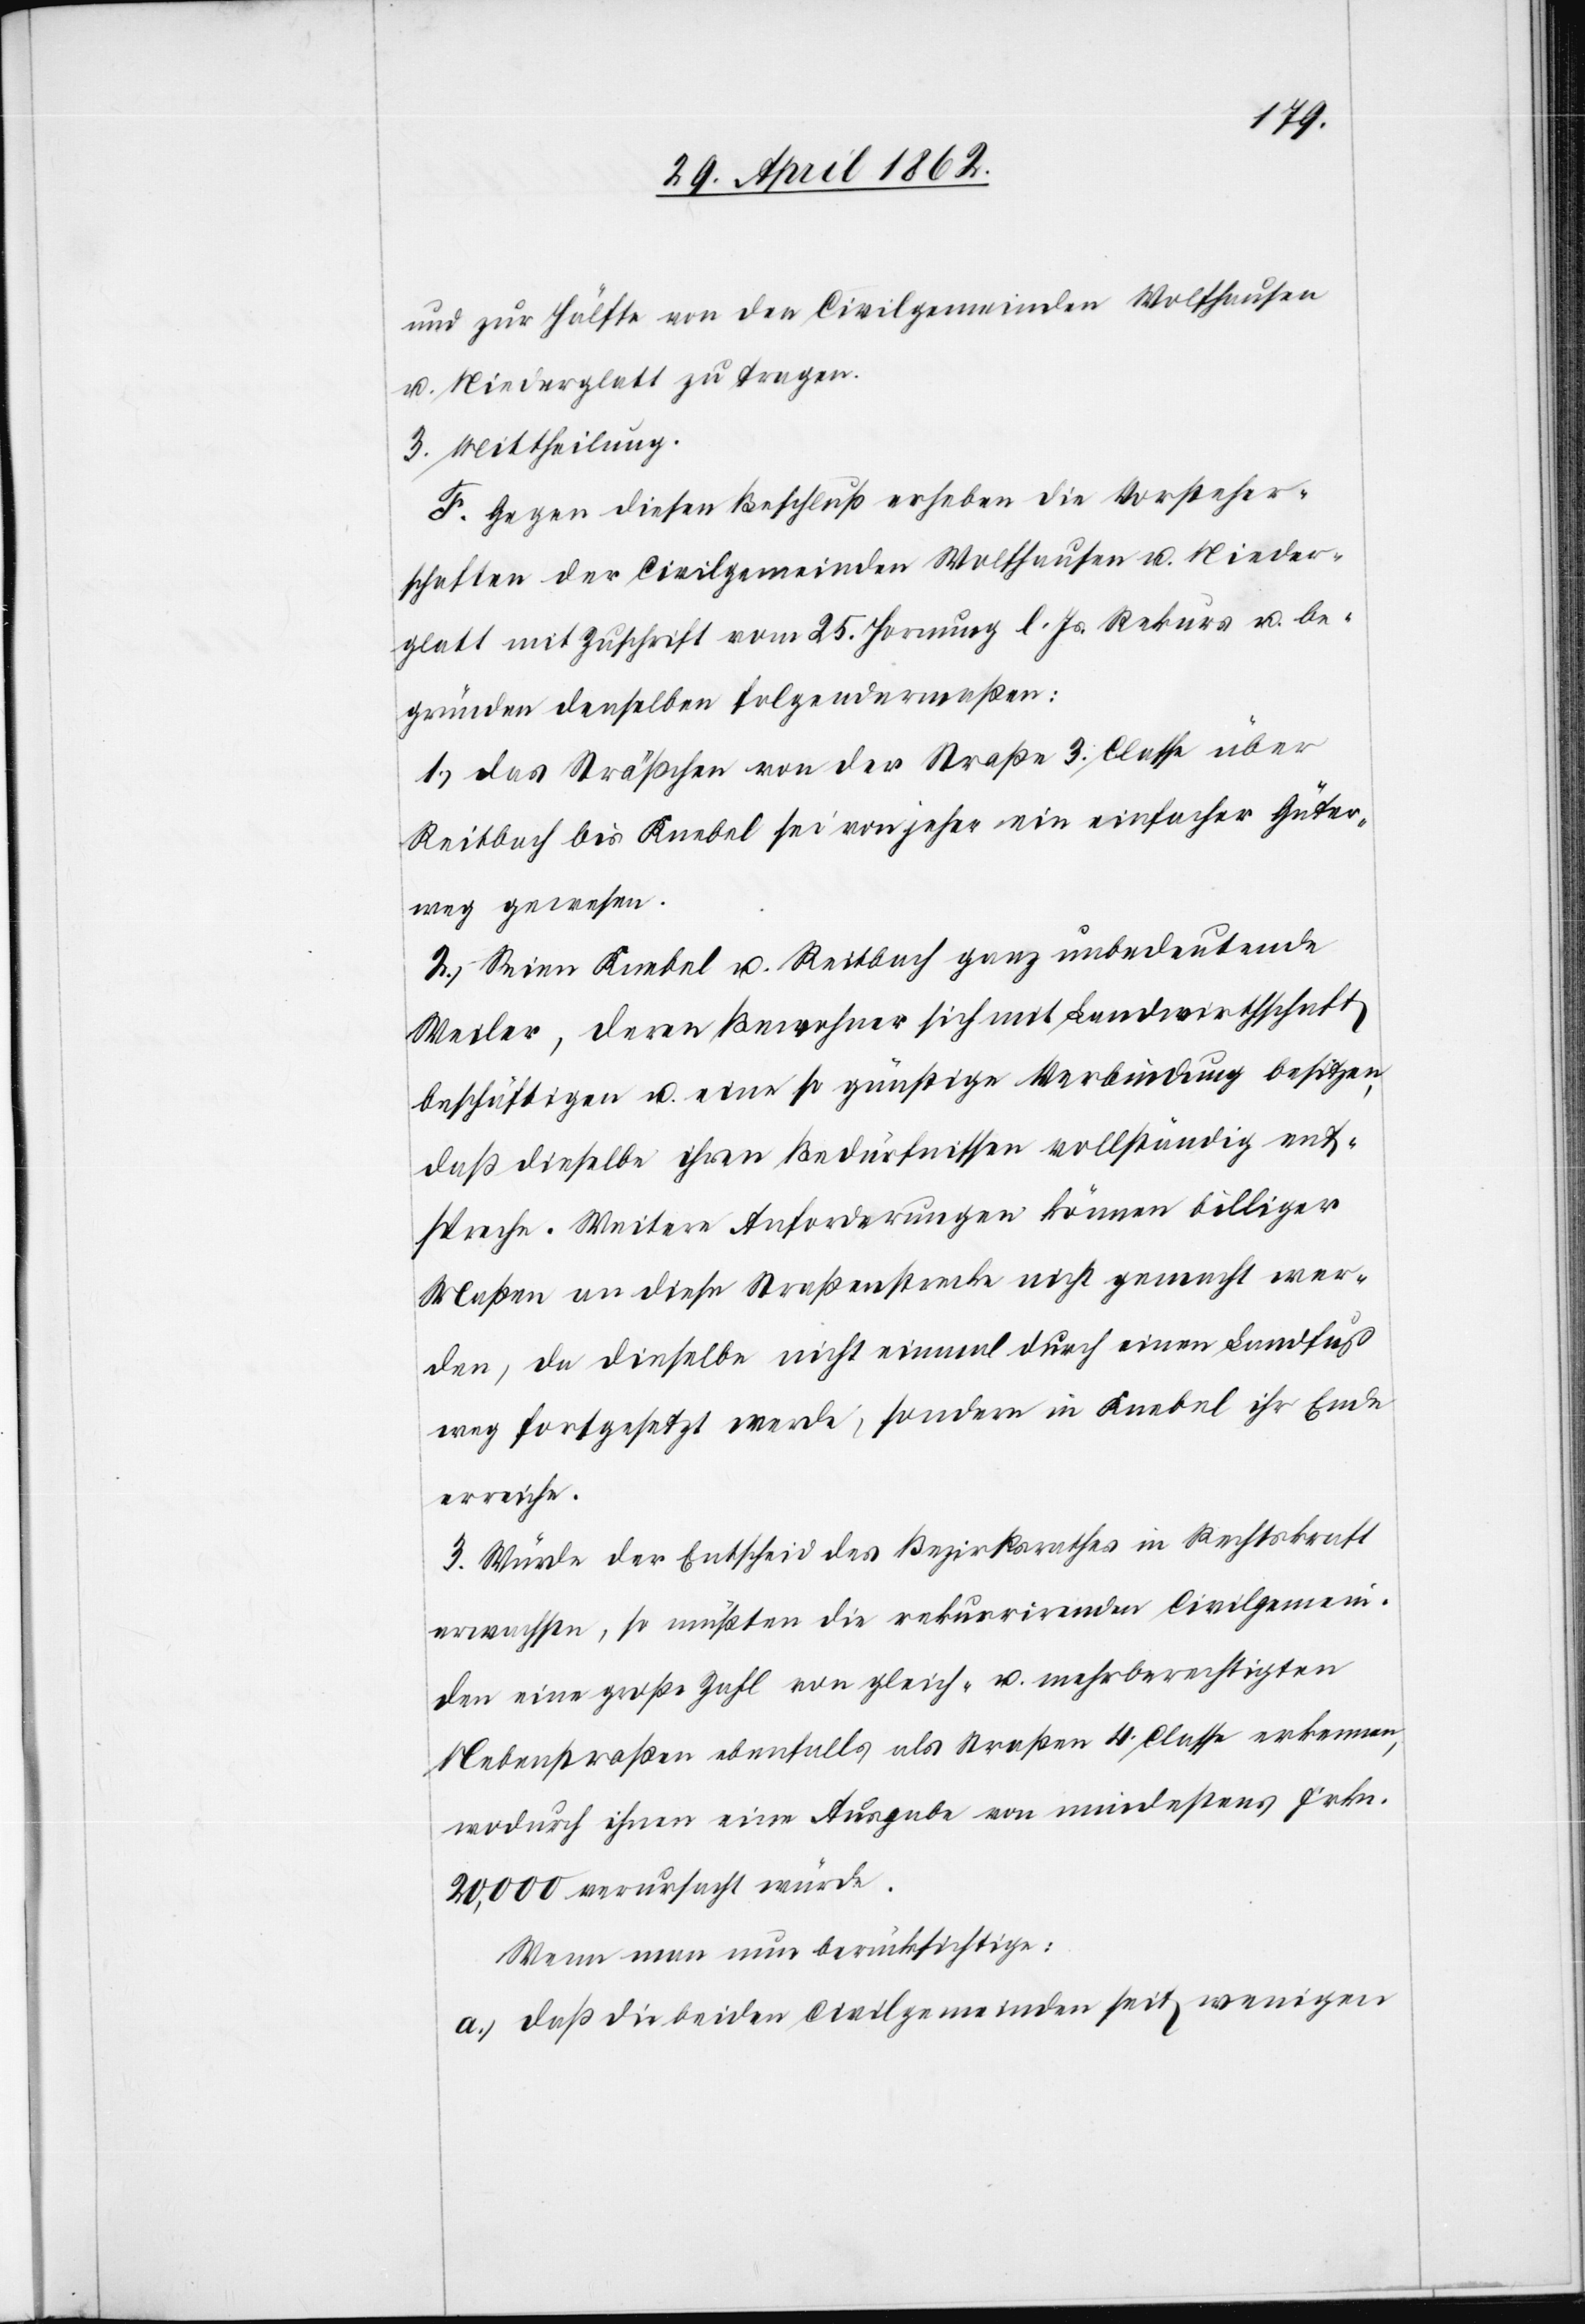
und zur Hälfte von den Civilgemeinden Wolfhausen
u. Niederglatt zu tragen.
3. Mittheilung.
F. Gegen diesen Beschluß erheben die Vorsteher¬
schaften der Civilgemeinden Wolfhausen u. Nieder¬
glatt mit Zuschrift vom 25. Hornung l. Js. Rekurs u. be¬
gründen denselben folgendermaßen:
1. Das Sträßchen von der Straße 3. Classe über
Reitbach bis Knebel sei von jeher ein einfacher Güter¬
weg gewesen.
2. Seien Knebel u. Reitbach ganz unbedeutende
Weiler, deren Bewohner sich mit Landwirtschaft
beschäftigen u. eine so günstige Verbindung besitzen,
daß dieselbe ihren Bedürfnissen vollständig ent¬
spreche. Weitere Anforderungen können billiger
Maßen an diese Straßenstrecke nicht gemacht wer¬
den, da dieselbe nicht einmal durch einen Landfuß¬
weg fortesetzt werde, sondern in Knebel ihr Ende
erreiche.
3. Würde der Entscheid des Bezirksrathes in Rechtskraft
erwachsen, so müßten die rekurrirenden Civilgemein¬
den eine große Zahl von gleich- u. mehrberechtigten
Nebenstraßen ebenfalls als Straßen 4. Classe erkennen,
wodurch ihnen eine Ausgabe von mindestens Frkn.
20,000 verursacht würde.
Wenn man nun berücksichtige:
a) daß die beiden Civilgemeinden inden [sic!] seit wenigen